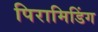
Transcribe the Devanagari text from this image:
पिरामिडिंग